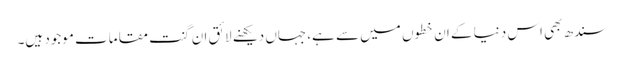
سندھ بھی اس دنیا کے ان خطوں میں سے ہے، جہاں دیکھنے لائق ان گنت مقامات موجود ہیں۔